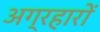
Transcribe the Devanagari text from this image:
अग्रहारों